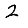
Digit: 2